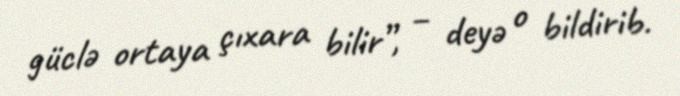
güclə ortaya çıxara bilir”, – deyə o bildirib.